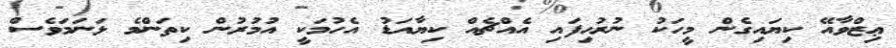
ޢިޒްވާއޭ ކިޔައިގެން މީހަކު ނުރުހިފައި އެއްޗެއް ކިޔާއަޑު އެހުމަކީ އުމުރުން ކިތަންމެ ޅަނަމަވެސް